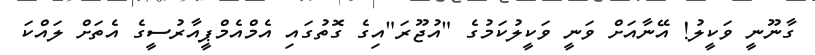
ގާނޫނީ ވަކީލު! އޭނާއަށް ވަނީ ވަކީލުކަމުގެ "އުޖޫރަ"އިގެ ގޮތުގައި އެމްއެމްޕީއާރުސީގެ އެތަށް ލައްކަ